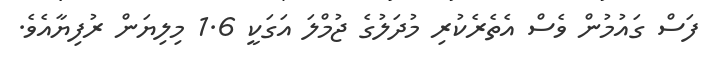
ފަސް ގައުމުން ވެސް އެތެރެކުރި މުދަލުގެ ޖުމްލަ އަގަކީ 1.6 މިލިޔަން ރުފިޔާއެވެ.